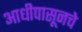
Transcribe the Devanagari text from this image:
आधीपासूनचे